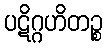
ပဋိဂ္ဂဟိတဉ္စ